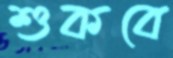
শুকবে